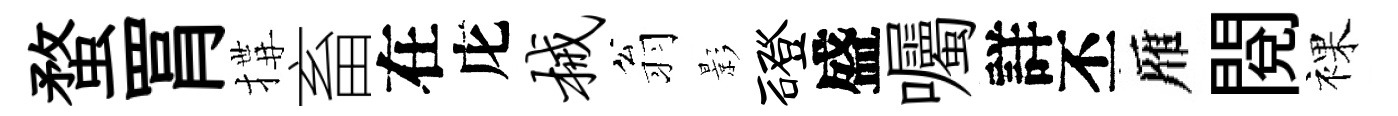
蝥罥搆畜在庀械翁影磴盛囑詳丕雁閲裸